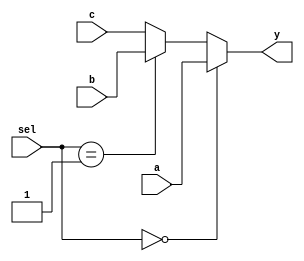
module mux3 #(parameter WIDTH = 8) (
        input  wire [1:0]            sel,
        input  wire [WIDTH-1:0] a,
        input  wire [WIDTH-1:0] b,
        input wire [WIDTH-1:0] c, 
        output wire [WIDTH-1:0] y
    );

    assign y = (sel == 2'b00) ? a :
           (sel == 2'b01) ? b :
           c;

endmodule